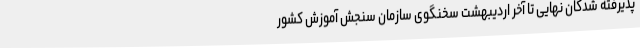
پذیرفته شدگان نهایی تا آخر اردیبهشت سخنگوی سازمان سنجش آموزش کشور